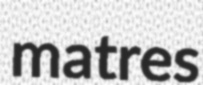
matres